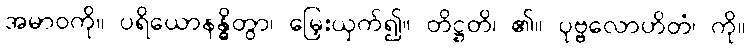
အမာဝကို။ ပရိယောနန္ဓိတွာ၊ မြှေးယှက်၍။ တိဋ္ဌတိ၊ ၏။ ပုဗ္ဗလောဟိတံ၊ ကို။